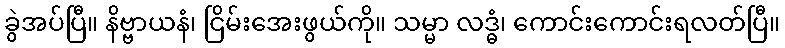
ခွဲအပ်ပြီ။ နိဗ္ဗာယနံ၊ ငြိမ်းအေးဖွယ်ကို။ သမ္မာ လဒ္ဓံ၊ ကောင်းကောင်းရလတ်ပြီ။